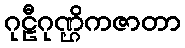
ဂုဠီဂုဏ္ဌိကဇာတာ